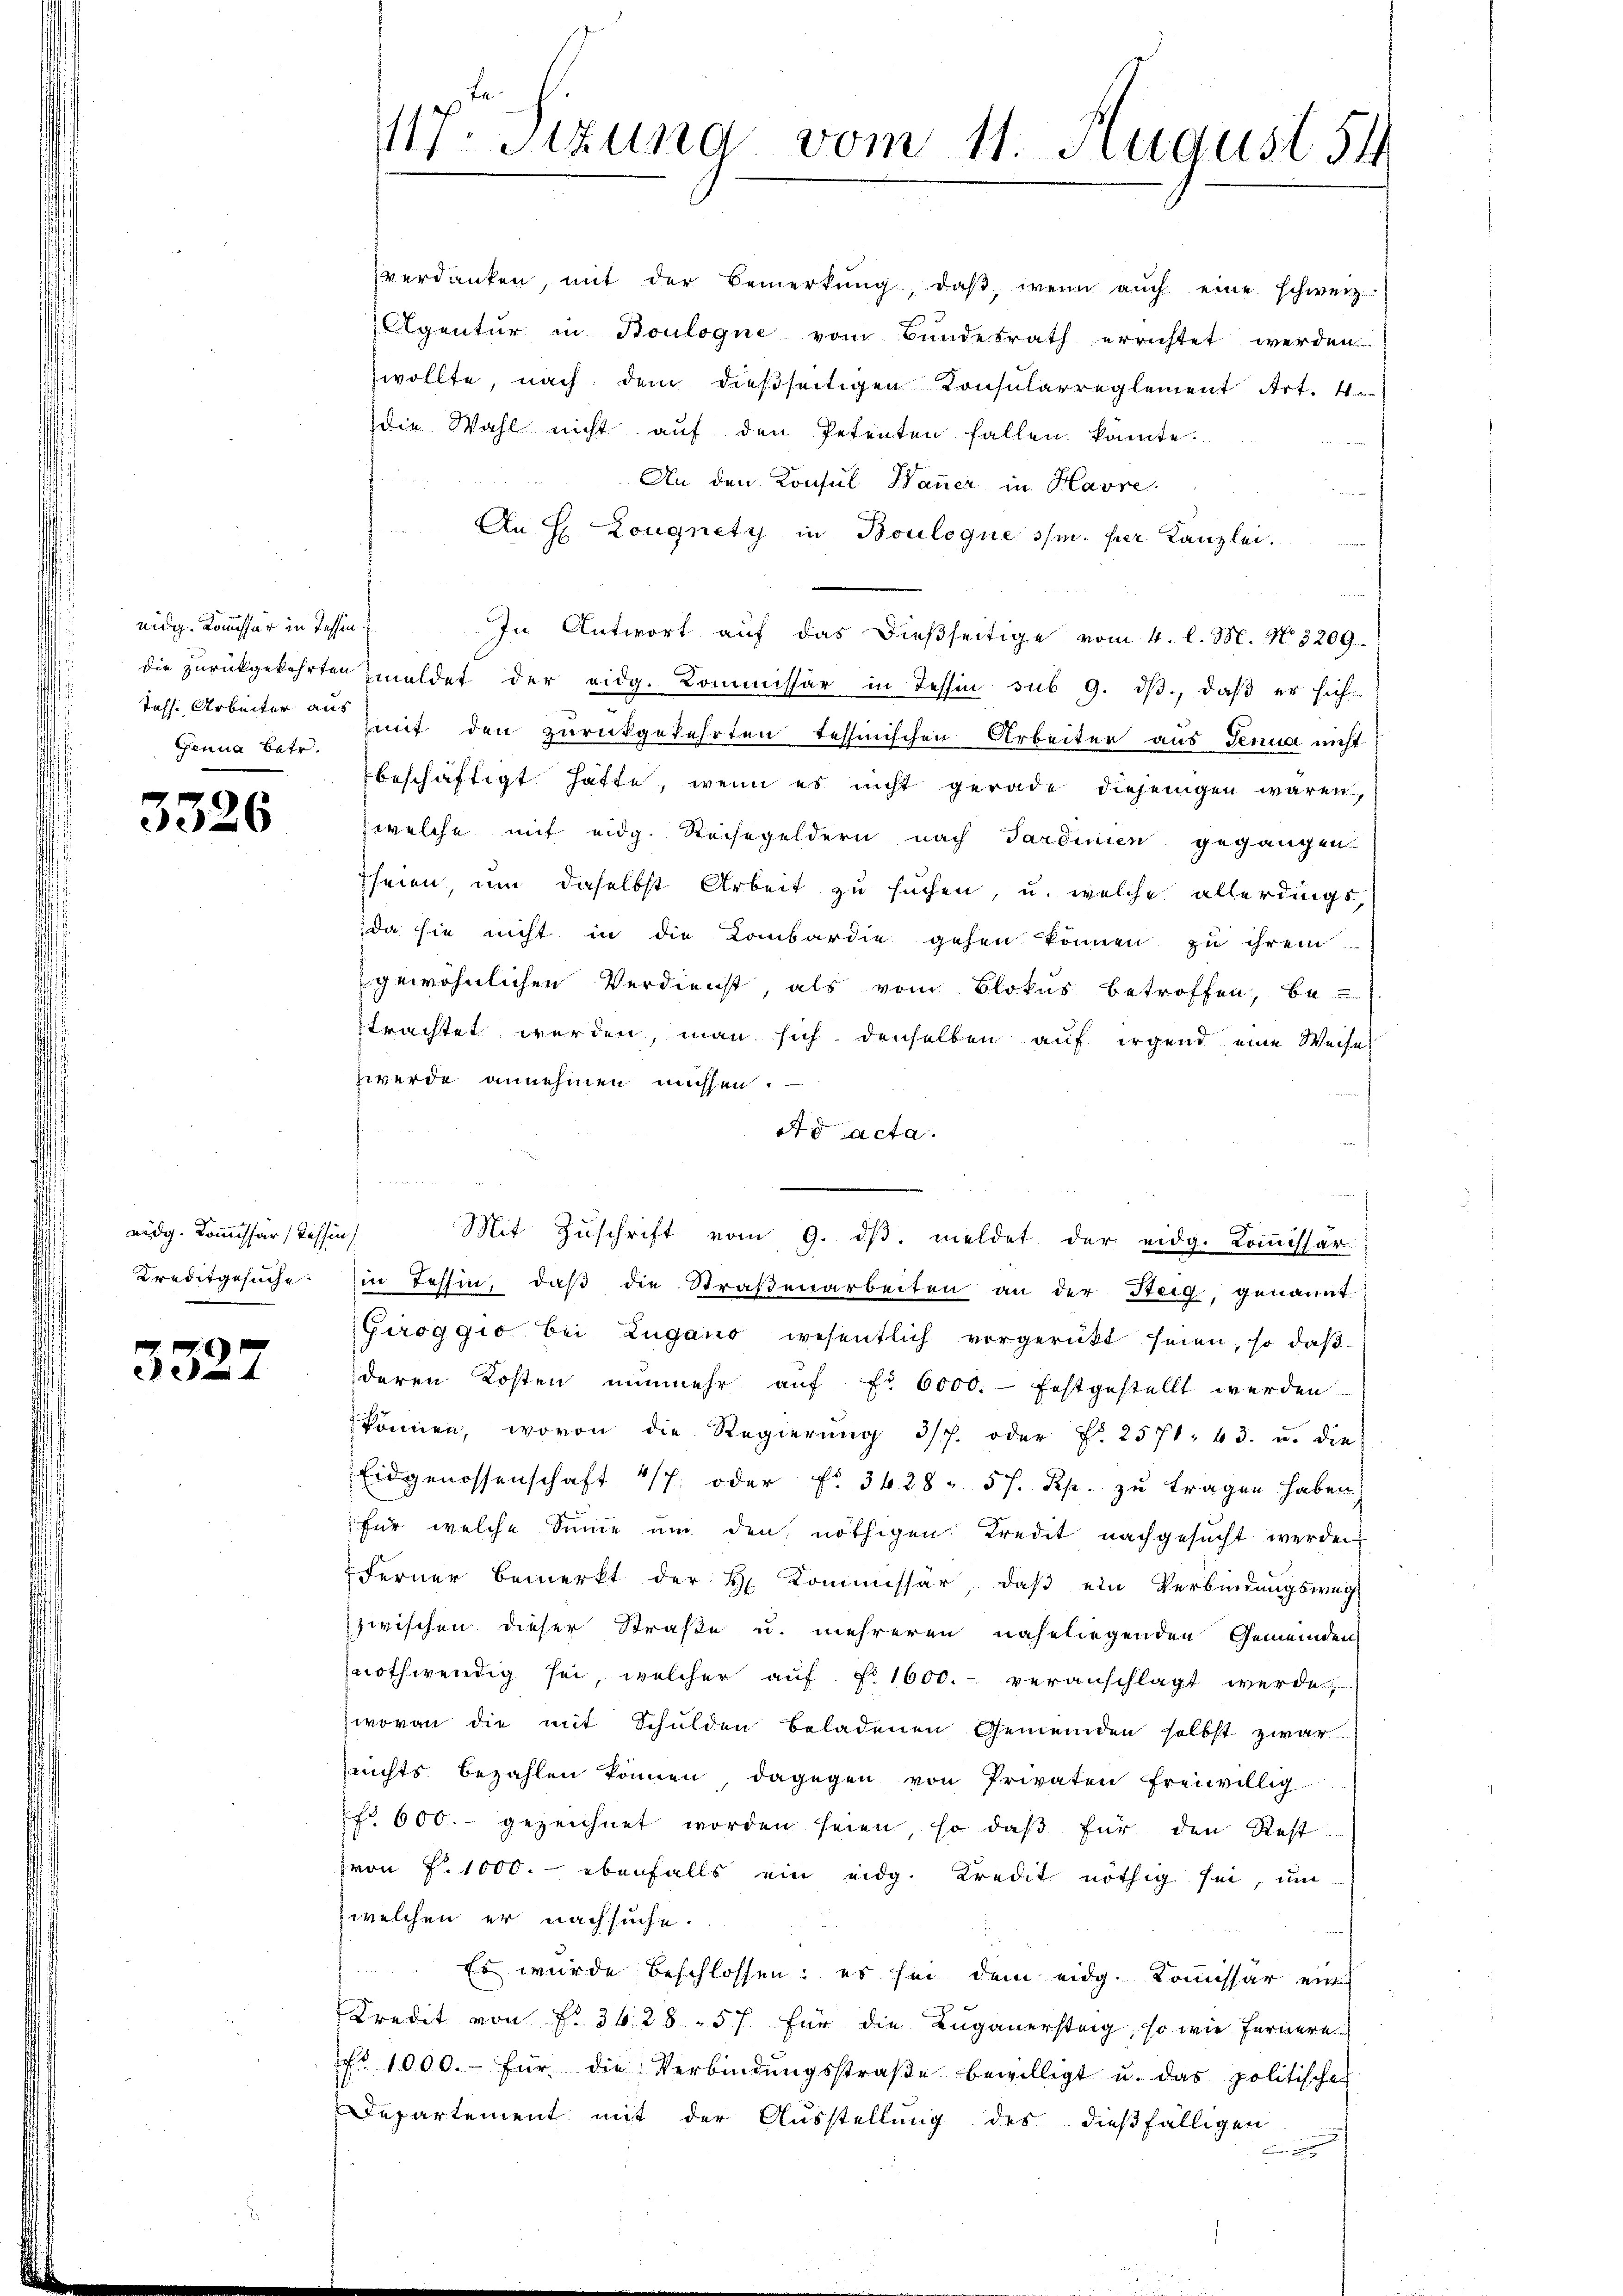
eidg. Kommissär in Tessin.
Genua Betr.

3326

eidg. Kommissär (Tessin
Kreditgesuche

3327

117. Sitzung vom 11. August 54

verdanken, mit der Bemerkŭng, daβ wenn aŭch eine schweiz.
Agentur in Boulogne vom Bundesrath errichtet werden
wollte, nach dem dießseitigen Konsularreglement Art. 4
die Wahl nicht auf den Petenten fallen könnte.
f
An den Konsul Hauer in Havre
An H Lougnety in Bouloque s/m. fuer Kanzlei.
In Antwort auf das dießseitige vom 4. l. M. No. 3209.
die zurückgekehrten meldet der eidg. Kommissär in Tessin sub 9. dβ., daß er sich
tass. Arbeiter an mit den zurückgekehrten Tessinischen Arbeiter aus Genua nicht
beschäftigt hatte, wenn es nicht gerade diejenigen waren,
welche mit eidg. Reisegeldern nach Sardinien gegangen
seien, um daselbst Arbeit zu suchen, u. welche allerdings,
da sie nicht in die Kombardie gehen können zu ihrem
gewöhnlichen Verdienst, als vom Blokus betroffen, be-
trachtet werden, man sich denselben auf irgend eine Weise
zwerde annehmen müssen.
dd acta.
Mit Zŭschrift vom 9. dβ. meldet der eidg. Kommissär
in Tessin, daβ die Straßenarbeiten an der Steig, genannt
Giroggio bei Lugano wesentlich vorgerückt seien, so daß
deren Kosten nunmehr auf fr. 6000. festgestellt werden
können, wovon die Regierŭng 3/7. oder f. 2571. 43. u. die
Eidgenossenschaft 4/7 oder f. 3628. 57. Rp. zŭ tragen haben,
für welche Sinne um den nöthigen Kredit nachgesucht werden
Ferner bemerkt der H. Commissär, daß ein Verbindungsweg
zwischen dieser Straße u. mehreren naheliegenden Gemeinden
nothwendig sei, welcher aŭf Fr. 1600. veranschlagt werde,
wovon die mit Schulden beladenen Gemeinden selbst zwar
snichts bezahlen können, dagegen von Privaten freiwillig
fr. 600.- gezeichnet worden seien, so daβ für den Rest
von f. 1000. ebenfalls ein eidg. Kredit nöthig sei, um
 welchen er nachsuche.
Es wurde beschlossen: es sei dem eidg. Kommissär ein
Kredit von Fr. 3628. 57. für die Luganerstag, so wie fernere
Nr. 1000.- für die Verbindŭngsstraβe bewilligt u. das politische
Departement mit der Ausstellung des dießfälligen
.